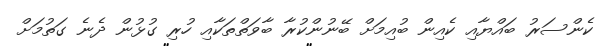
ކެންސަރު ބައްޔާއި ކެއިން ބުއިިމަށް ބޭނުންކުރާ ބާވަތްތަކާއި ހުރި ގުޅުން ދެނެ ގަތުމަށް